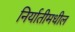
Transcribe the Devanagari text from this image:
निर्यातीमधील